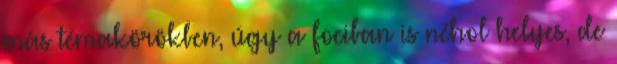
más témakörökben, úgy a fociban is néhol helyes, de